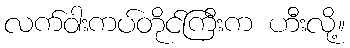
လက်ဝါးကပ်တိုင်ကြီးက ဟီးလို့။